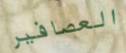
العصافير